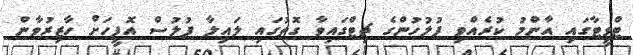
ޓްވީޓާގައި އާންމު ކުރެއްވި ފުލުހުންގެ ޗިޓްގައިވާ ގޮތުގައި ލައިލާ ފުލުސް އޮފީހަށް ހާޒިރުވާން